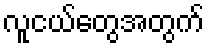
လူငယ်တွေအတွက်